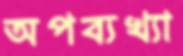
অপব্যখ্যা